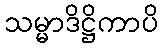
သမ္မာဒိဋ္ဌိကာပိ